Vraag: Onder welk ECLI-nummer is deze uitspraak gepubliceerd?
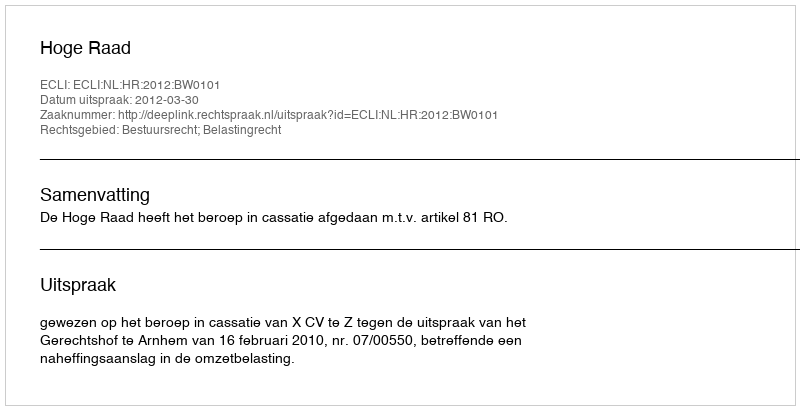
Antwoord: ECLI:NL:HR:2012:BW0101